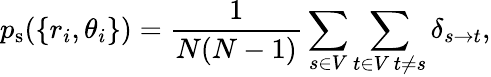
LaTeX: p_{\mathrm{s}}(\{ r_{i},\theta_{i}\} )=\frac{1}{N(N-1)}\sum_{s\in V}\sum_{\substack{t\in V\, t\neq s}}\delta_{s\rightarrow t},